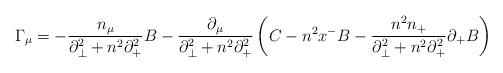
LaTeX: \begin{align*}{\Gamma}_{\mu}=-\frac{n_{\mu}}{{\partial}_{\bot}^2+n^2{\partial}_+^2}B-\frac{{\partial}_{\mu}}{{\partial}_{\bot}^2+n^2{\partial}_+^2}\left( C-n^2x^-B-\frac{n^2n_+}{{\partial}_{\bot}^2+n^2{\partial}_+^2}{\partial}_+B \right) \end{align*}